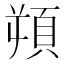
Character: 𩑿